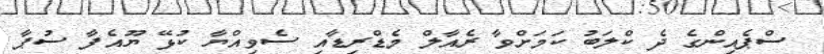
ސްޕެއިންގެ ދެ ކްލަބު ކަމަށްވާ ރެއާލް މެޑްރިޑާއި ސެވިއްޔާ ކުޅޭ ޔޫއެފާ ސުޕާ